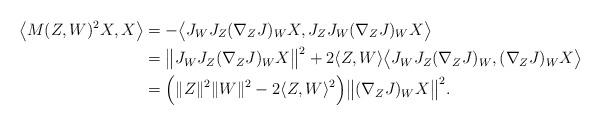
LaTeX: \begin{align*}\big{\langle} M(Z,W)^2X,X \big{\rangle} &= - \big{\langle} J_WJ_Z(\nabla_Z J)_WX, J_ZJ_W(\nabla_ZJ)_WX \big{\rangle}\\&= \big{\|} J_W J_Z( \nabla_ZJ)_WX\big{\|}^2+2\langle Z,W \rangle \big{\langle} J_W J_Z (\nabla_ZJ)_W, (\nabla_ZJ)_WX \big{\rangle}\\&= \Big{(} \|Z\|^2\|W\|^2-2\langle Z,W \rangle^2 \Big{)} \big{\|} (\nabla_ZJ)_WX\big{\|}^2. \end{align*}